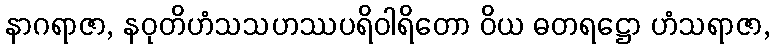
နာဂရာဇာ, နဝုတိဟံသသဟဿပရိဝါရိတော ဝိယ ဓတရဋ္ဌော ဟံသရာဇာ,